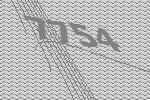
7754